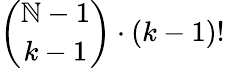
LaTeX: \binom{\mathbb{N}-1}{k-1}\cdot{\left(k-1\right)}!